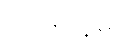
ကြားနေမဲ